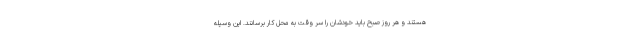
هستند و هر روز صبح باید خودشان را سر وقت به محل کار برسانند. این وسیله